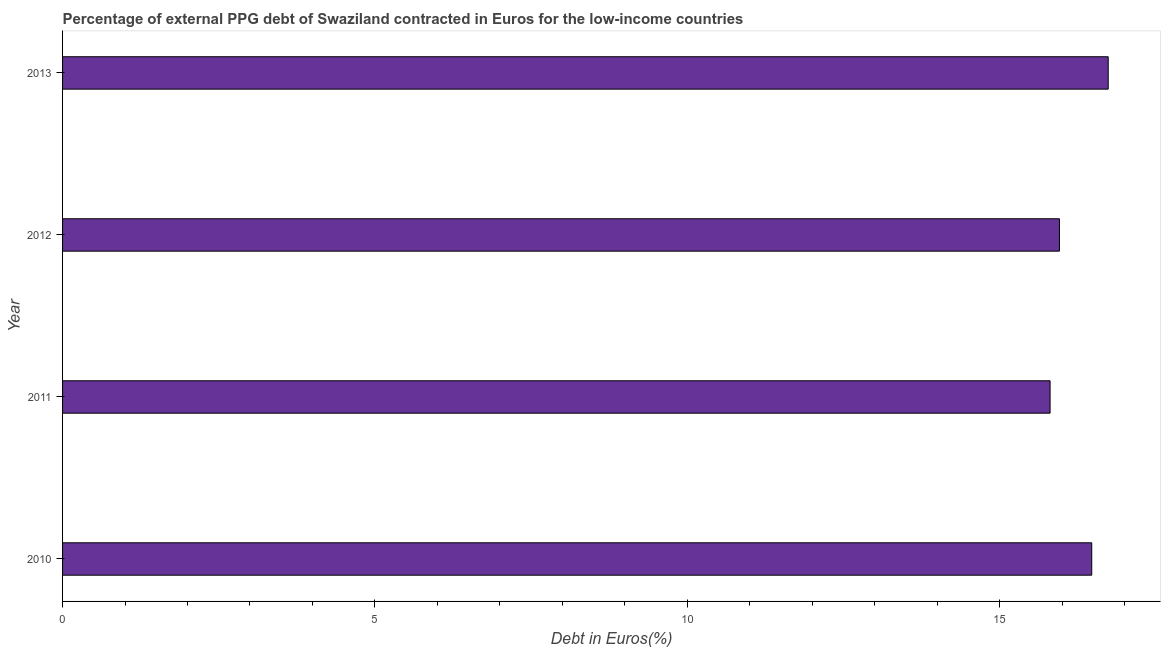
| Year | Currency composition of PPG debt |
 | --- | --- |
 | 2010 | 16.5 |
 | 2011 | 15.8 |
 | 2012 | 16 |
 | 2013 | 16.7 |